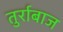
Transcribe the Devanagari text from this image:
तुर्राबाज